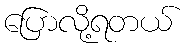
ပြောလို့ရတယ်